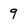
Character: 9